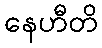
နေဟီတိ